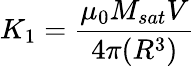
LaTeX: K_{1}=\frac{\mu_{0}M_{sat}V}{4\pi(R^{3})}